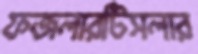
ফজলারটিসলার